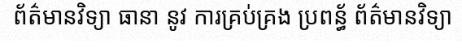
ព័ត៌មានវិទ្យា ធានា នូវ ការគ្រប់គ្រង ប្រពន្ធ័ ព័ត៌មានវិទ្យា